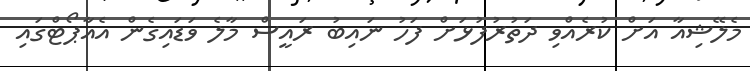
މެލޭޝިއާ އަށް ކުރެއްވި ދަތުރުފުޅަށް ފަހު ނައިބު ރައީސް މާލެ ވަޑައިގެން އެއާޕޯޓްގައި